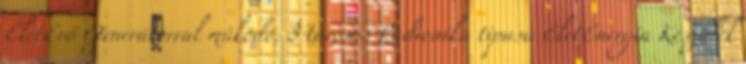
ÉletErő Generátorral működő, 3 tárcsás Radionika tipusú ÉletEnergia Készülék